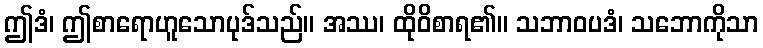
ဤဒံ၊ ဤစာရောဟူသောပုဒ်သည်။ အဿ၊ ထိုဝိစာရ၏။ သဘာဝပဒံ၊ သဘောကိုသာ